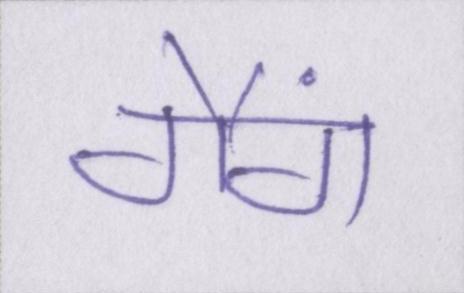
गैंग